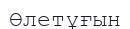
Өлетұғын